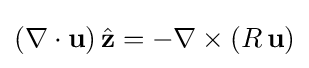
(\nabla \cdot \mathbf {u} )\,{\hat {\mathbf {z} }}=-\nabla \times (R\,\mathbf {u} )